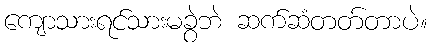
ကျောသားရင်သားမခွဲဘဲ ဆက်ဆံတတ်တာပဲ။